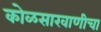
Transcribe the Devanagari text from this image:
कोळसाखाणीचा